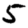
Digit: 5